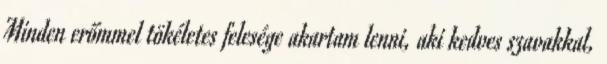
Minden erőmmel tökéletes felesége akartam lenni, aki kedves szavakkal,